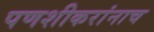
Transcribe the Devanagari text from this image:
पणशीकरांनाच